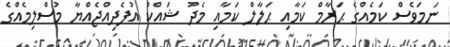
ނަމަވެސް ކަމެއްގެ ޙަރާމް ކަމާއި ޙަލާލް ކަމާއި މެދު ޝައްކު އުފެދިއްޖެއްޔާ މުސްލިމެއްގެ